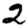
Digit: 2